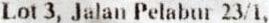
LOT 3, JALAN PELABUR 23/1,